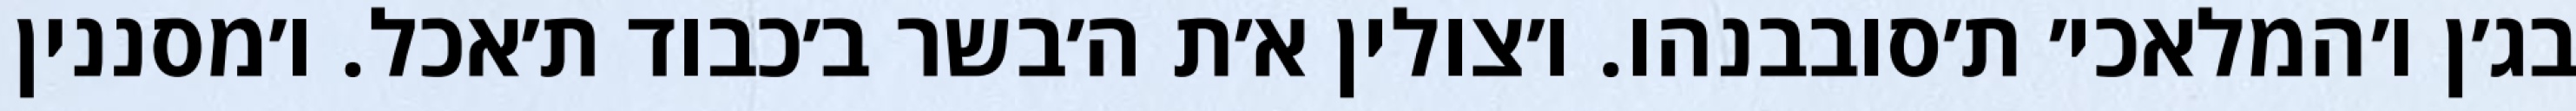
בג׳ן ו׳המלאכי׳ ת׳סובבנהו. ו׳צולין א׳ת ה׳בשר ב׳כבוד ת׳אכל. ו׳מסננין